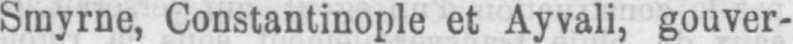
Smyrne, Constantinople et Ayvali, gouver-